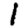
Digit: 1